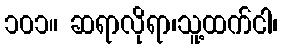
၁၀၁။ ဆရာလိုရာ၊သူ့ထက်ငါ၊